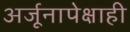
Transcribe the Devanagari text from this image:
अर्जूनापेक्षाही